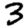
Digit: 3